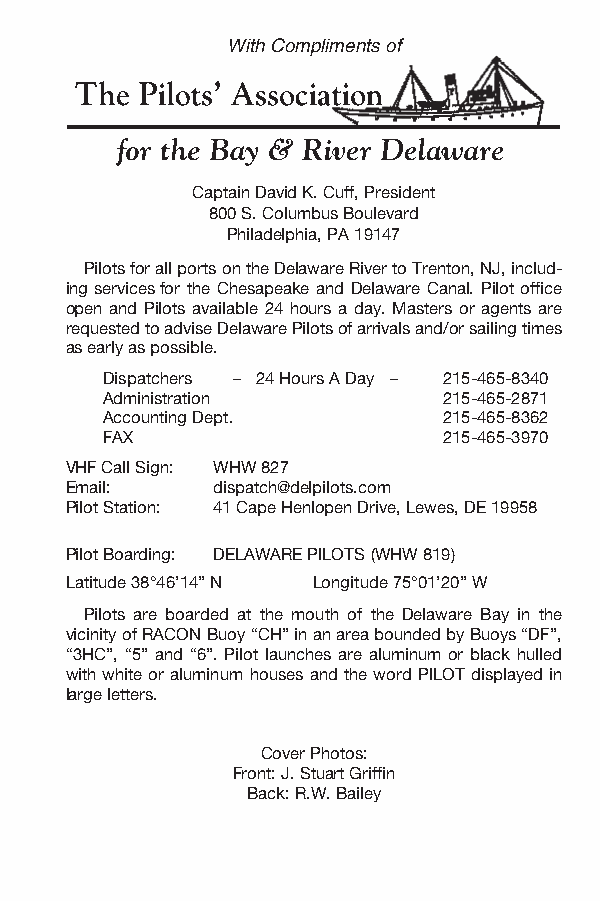
With Compliments of
 Captain David K. Cuff, President
 800 S. Columbus Boulevard
 Philadelphia, PA 19147
 Pilots for all ports on the Delaware River to Trenton, NJ, includ-
 ing services for the Chesapeake and Delaware Canal. Pilot office
 open and Pilots available 24 hours a day. Masters or agents are
 requested to advise Delaware Pilots of arrivals and/or sailing times
 as early as possible.
 Dispatchers – 24 Hours A Day – 215-465-8340
 Administration 215-465-2871
 Accounting Dept. 215-465-8362
 FAX 215-465-3970
 VHF Call Sign: WHW 827
 Email: dispatch@delpilots.com
 Pilot Station: 41 Cape Henlopen Drive, Lewes, DE 19958
 Pilot Boarding: DELAWARE PILOTS (WHW 819)
 Latitude 38°46’14” N Longitude 75°01’20” W
 Pilots are boarded at the mouth of the Delaware Bay in the
 vicinity of RACON Buoy “CH” in an area bounded by Buoys “DF”,
 “3HC”, “5” and “6”. Pilot launches are aluminum or black hulled
 with white or aluminum houses and the word PILOT displayed in
 large letters.
 Cover Photos:
 Front: J. Stuart Griffin
 Back: R.W. Bailey